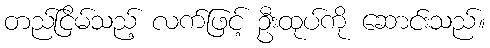
တည်ငြိမ်သည့် လက်ဖြင့် ဦးထုပ်ကို ဆောင်းသည်။